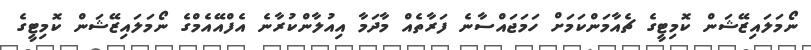
ނޯމަލައިޒޭޝަން ކޮމިޓީގެ ޗެއާމަންކަމަށް ހަމަޖައްސާނެ ފަރާތެއް މާދަމާ އިއުލާންކުރާނެ އެފްއޭއެމްގެ ނޯމަލައިޒޭޝަން ކޮމިޓީގެ